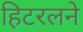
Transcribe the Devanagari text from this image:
हिटरलने